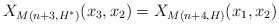
\begin{align*}X_{M(n+3, H^*)}(x_3, x_2) = X_{M(n+4, H)}(x_1, x_2)\end{align*}